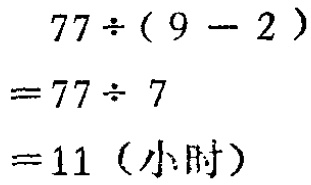
\[

\begin{align*}

77\div(9 - 2)&\\

=77\div 7&\\

=11 (\text{小时})&

\end{align*}

\]